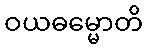
ဝယဓမ္မောတိ